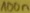
Text: 100n